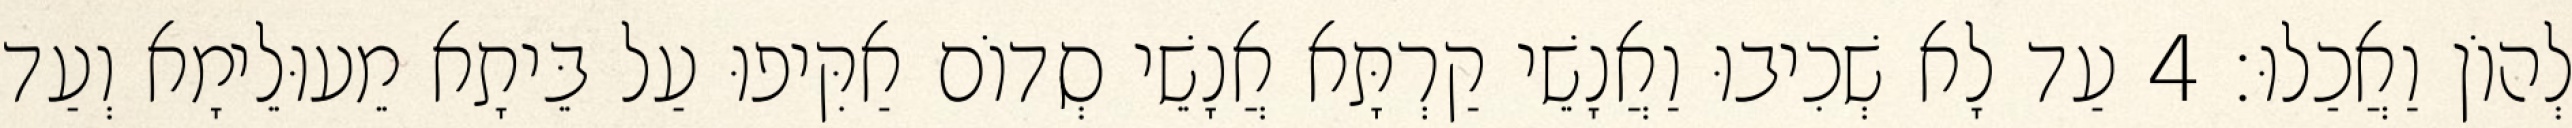
לְהוֹן וַאֲכַלוּ׃ 4 עַד לָא שְׁכִיבוּ וַאֲנָשֵׁי קַרְתָּא אֲנָשֵׁי סְדוֹם אַקִּיפוּ עַל בֵּיתָא מֵעוּלֵימָא וְעַד